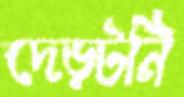
দেড়টনি